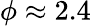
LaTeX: \phi\approx 2.4